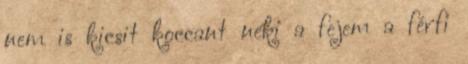
nem is kicsit koccant neki a fejem a férfi